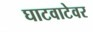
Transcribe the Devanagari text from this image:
घाटवाटेवर